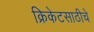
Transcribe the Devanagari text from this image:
क्रिकेटसाठीचे